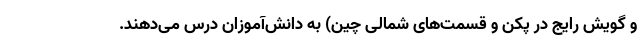
و گویش رایج در پکن و قسمت‌های شمالی چین) به دانش‌آموزان درس می‌دهند.